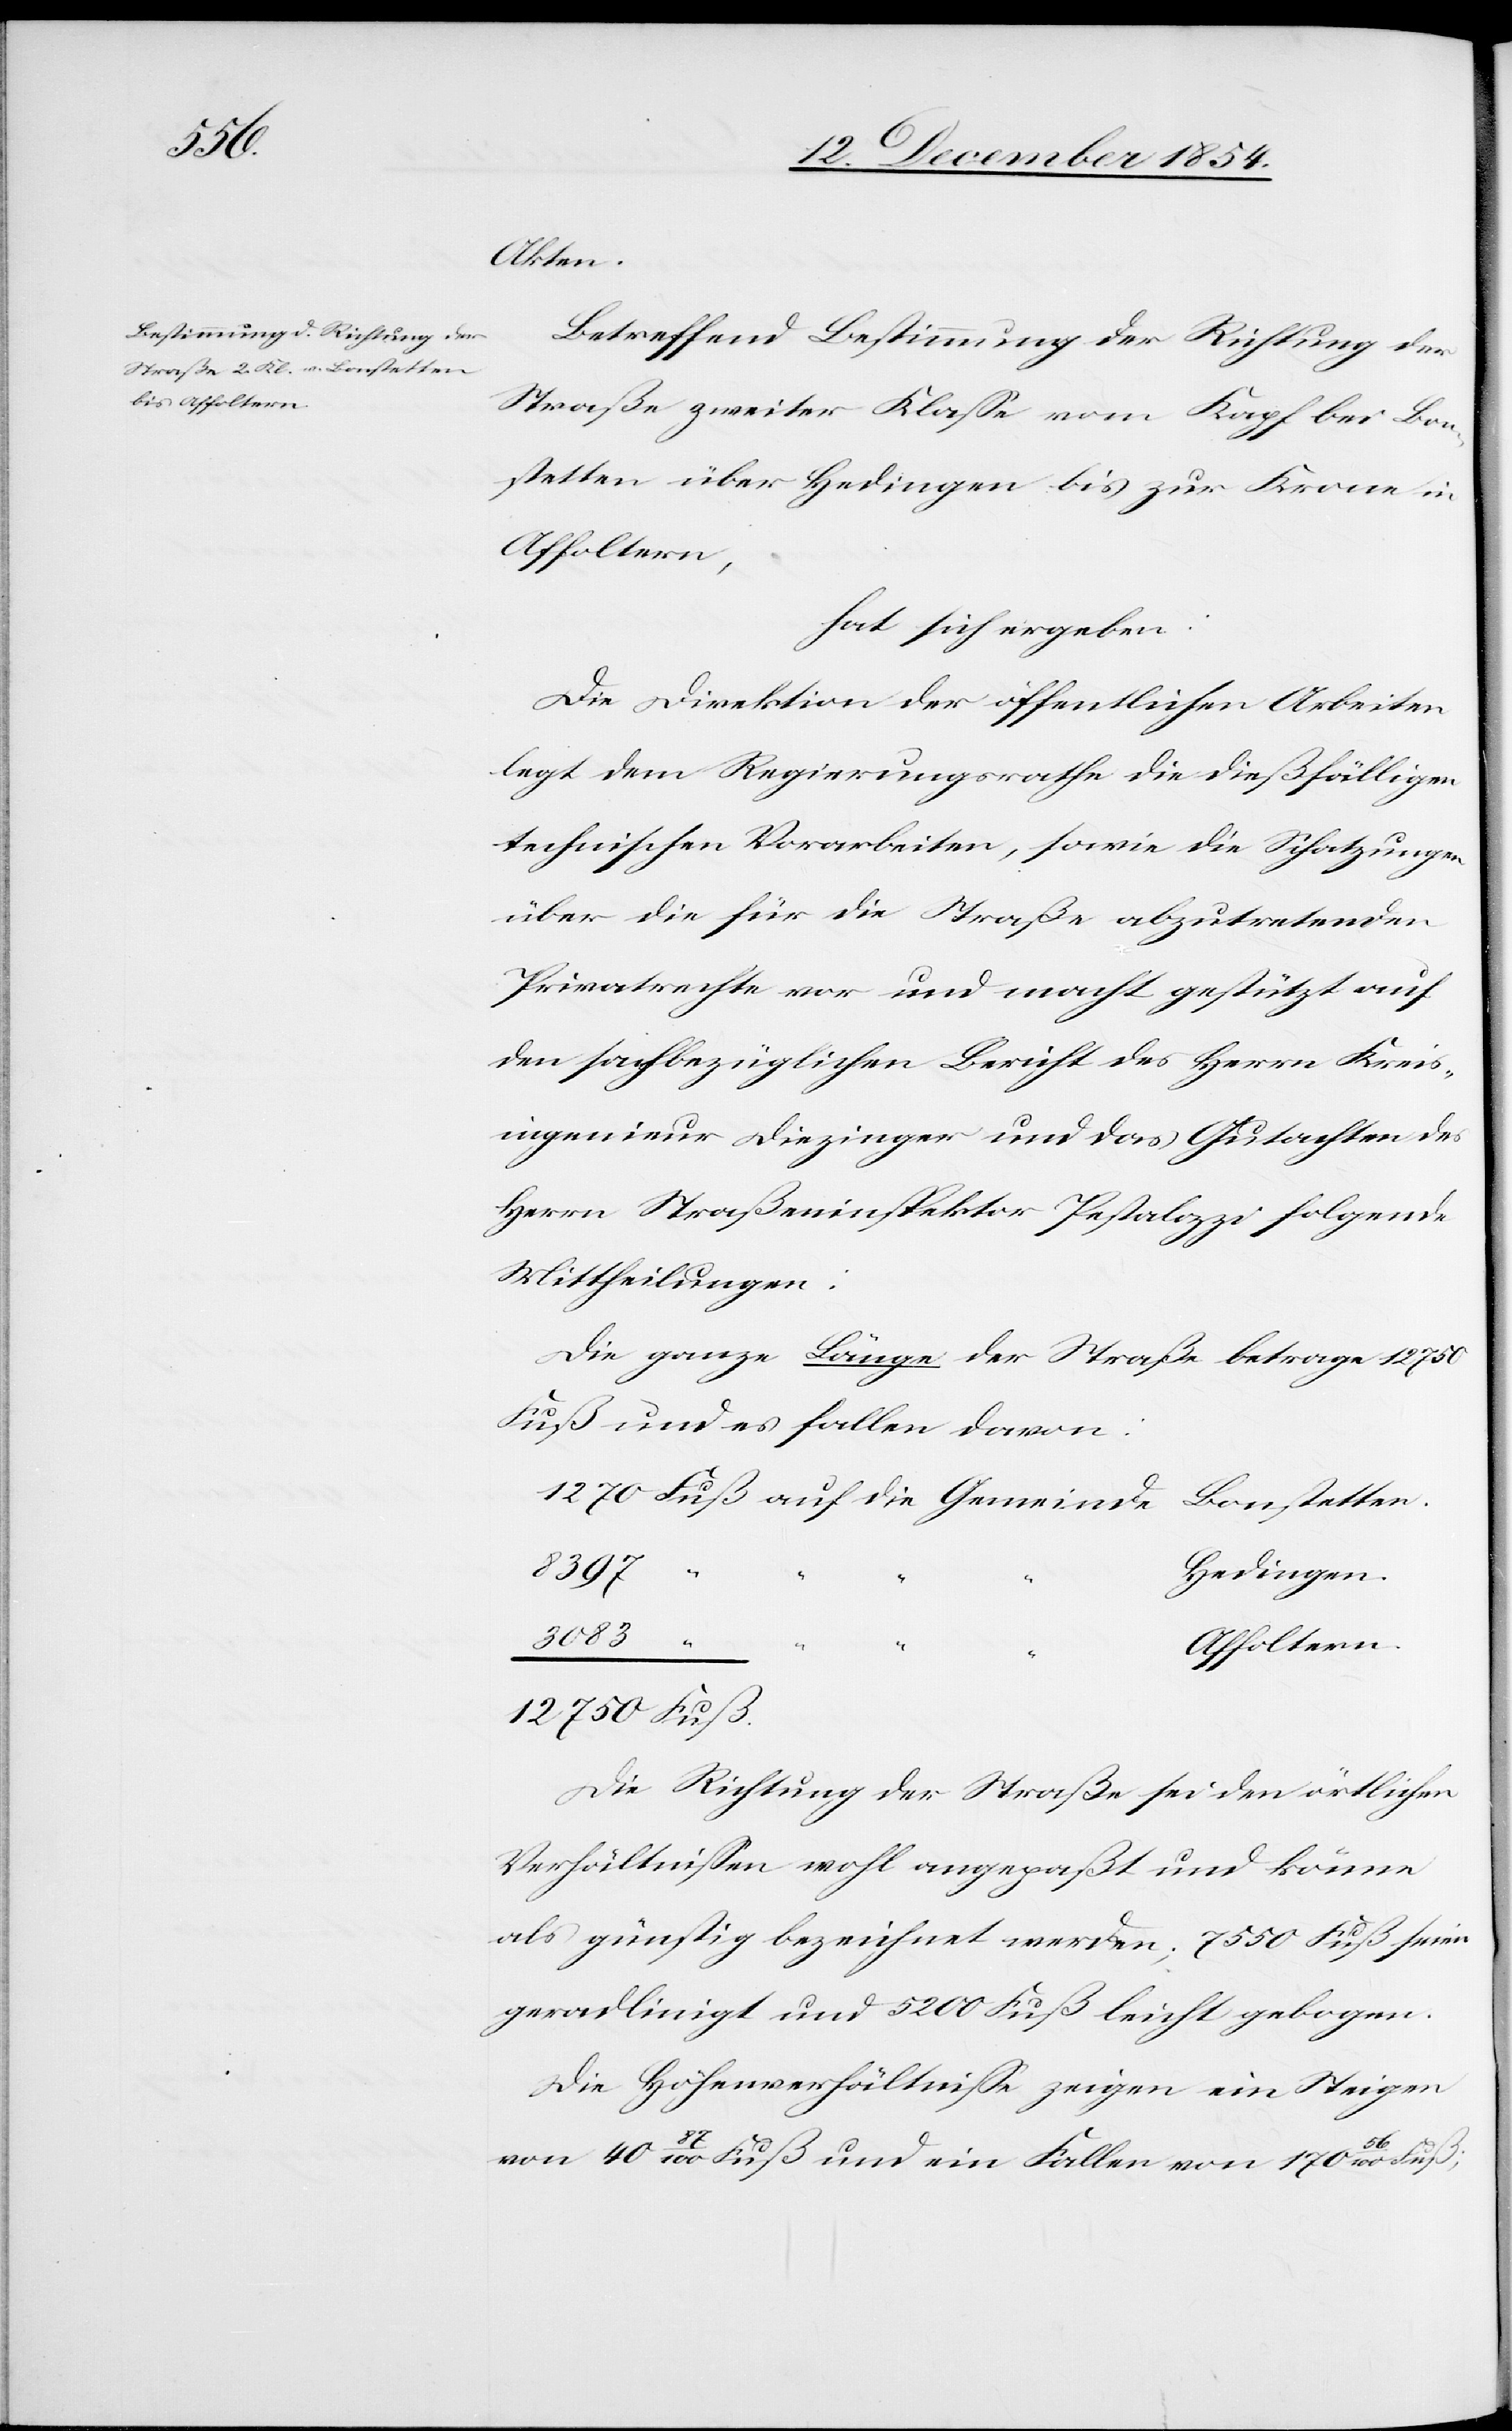
12 750

Akten.
Betreffend Bestimmung der Richtung der
Straße zweiter Klaße vom Kapf bei Bon¬
stetten über Hedingen bis zur Krone in
Affoltern,
hat sich ergeben:
Die Direktion der öffentlichen Arbeiten
legt dem Regierungsrathe die dießfälligen
technischen Vorarbeiten, sowie die Schatzungen
über die für die Straße abzutretenden
Privatrechte vor und macht gestützt auf
den sachbezüglichen Bericht des Herrn Kreis¬
ingenieur Diezinger und das Gutachten des
Herrn Straßeninspektor Pestalozzi folgende
Mittheilungen:
Die ganze Länge der Straße betrage 12 750
Fuß und es fallen davon
Bonstetten.
8397
Hedingen.
3083
Affoltern.
Gemeinde
Die Richtung der Straße sei den örtlichen
Verhältnißen wohl angepaßt und könne
als günstig bezeichnet werden; 7550 Fuß seien
geradlinigt und 5200 Fuß leicht gebogen.
Die Höhenverhältniße zeigen ein Steigen
von 40 87/100 Fuß und ein Fallen von 170 56/100